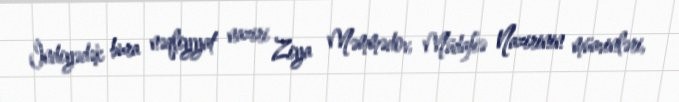
İndiyədək bura nəqliyyat naziri Ziya Məmmədov, Müdafiə Nazirinin müavinləri,